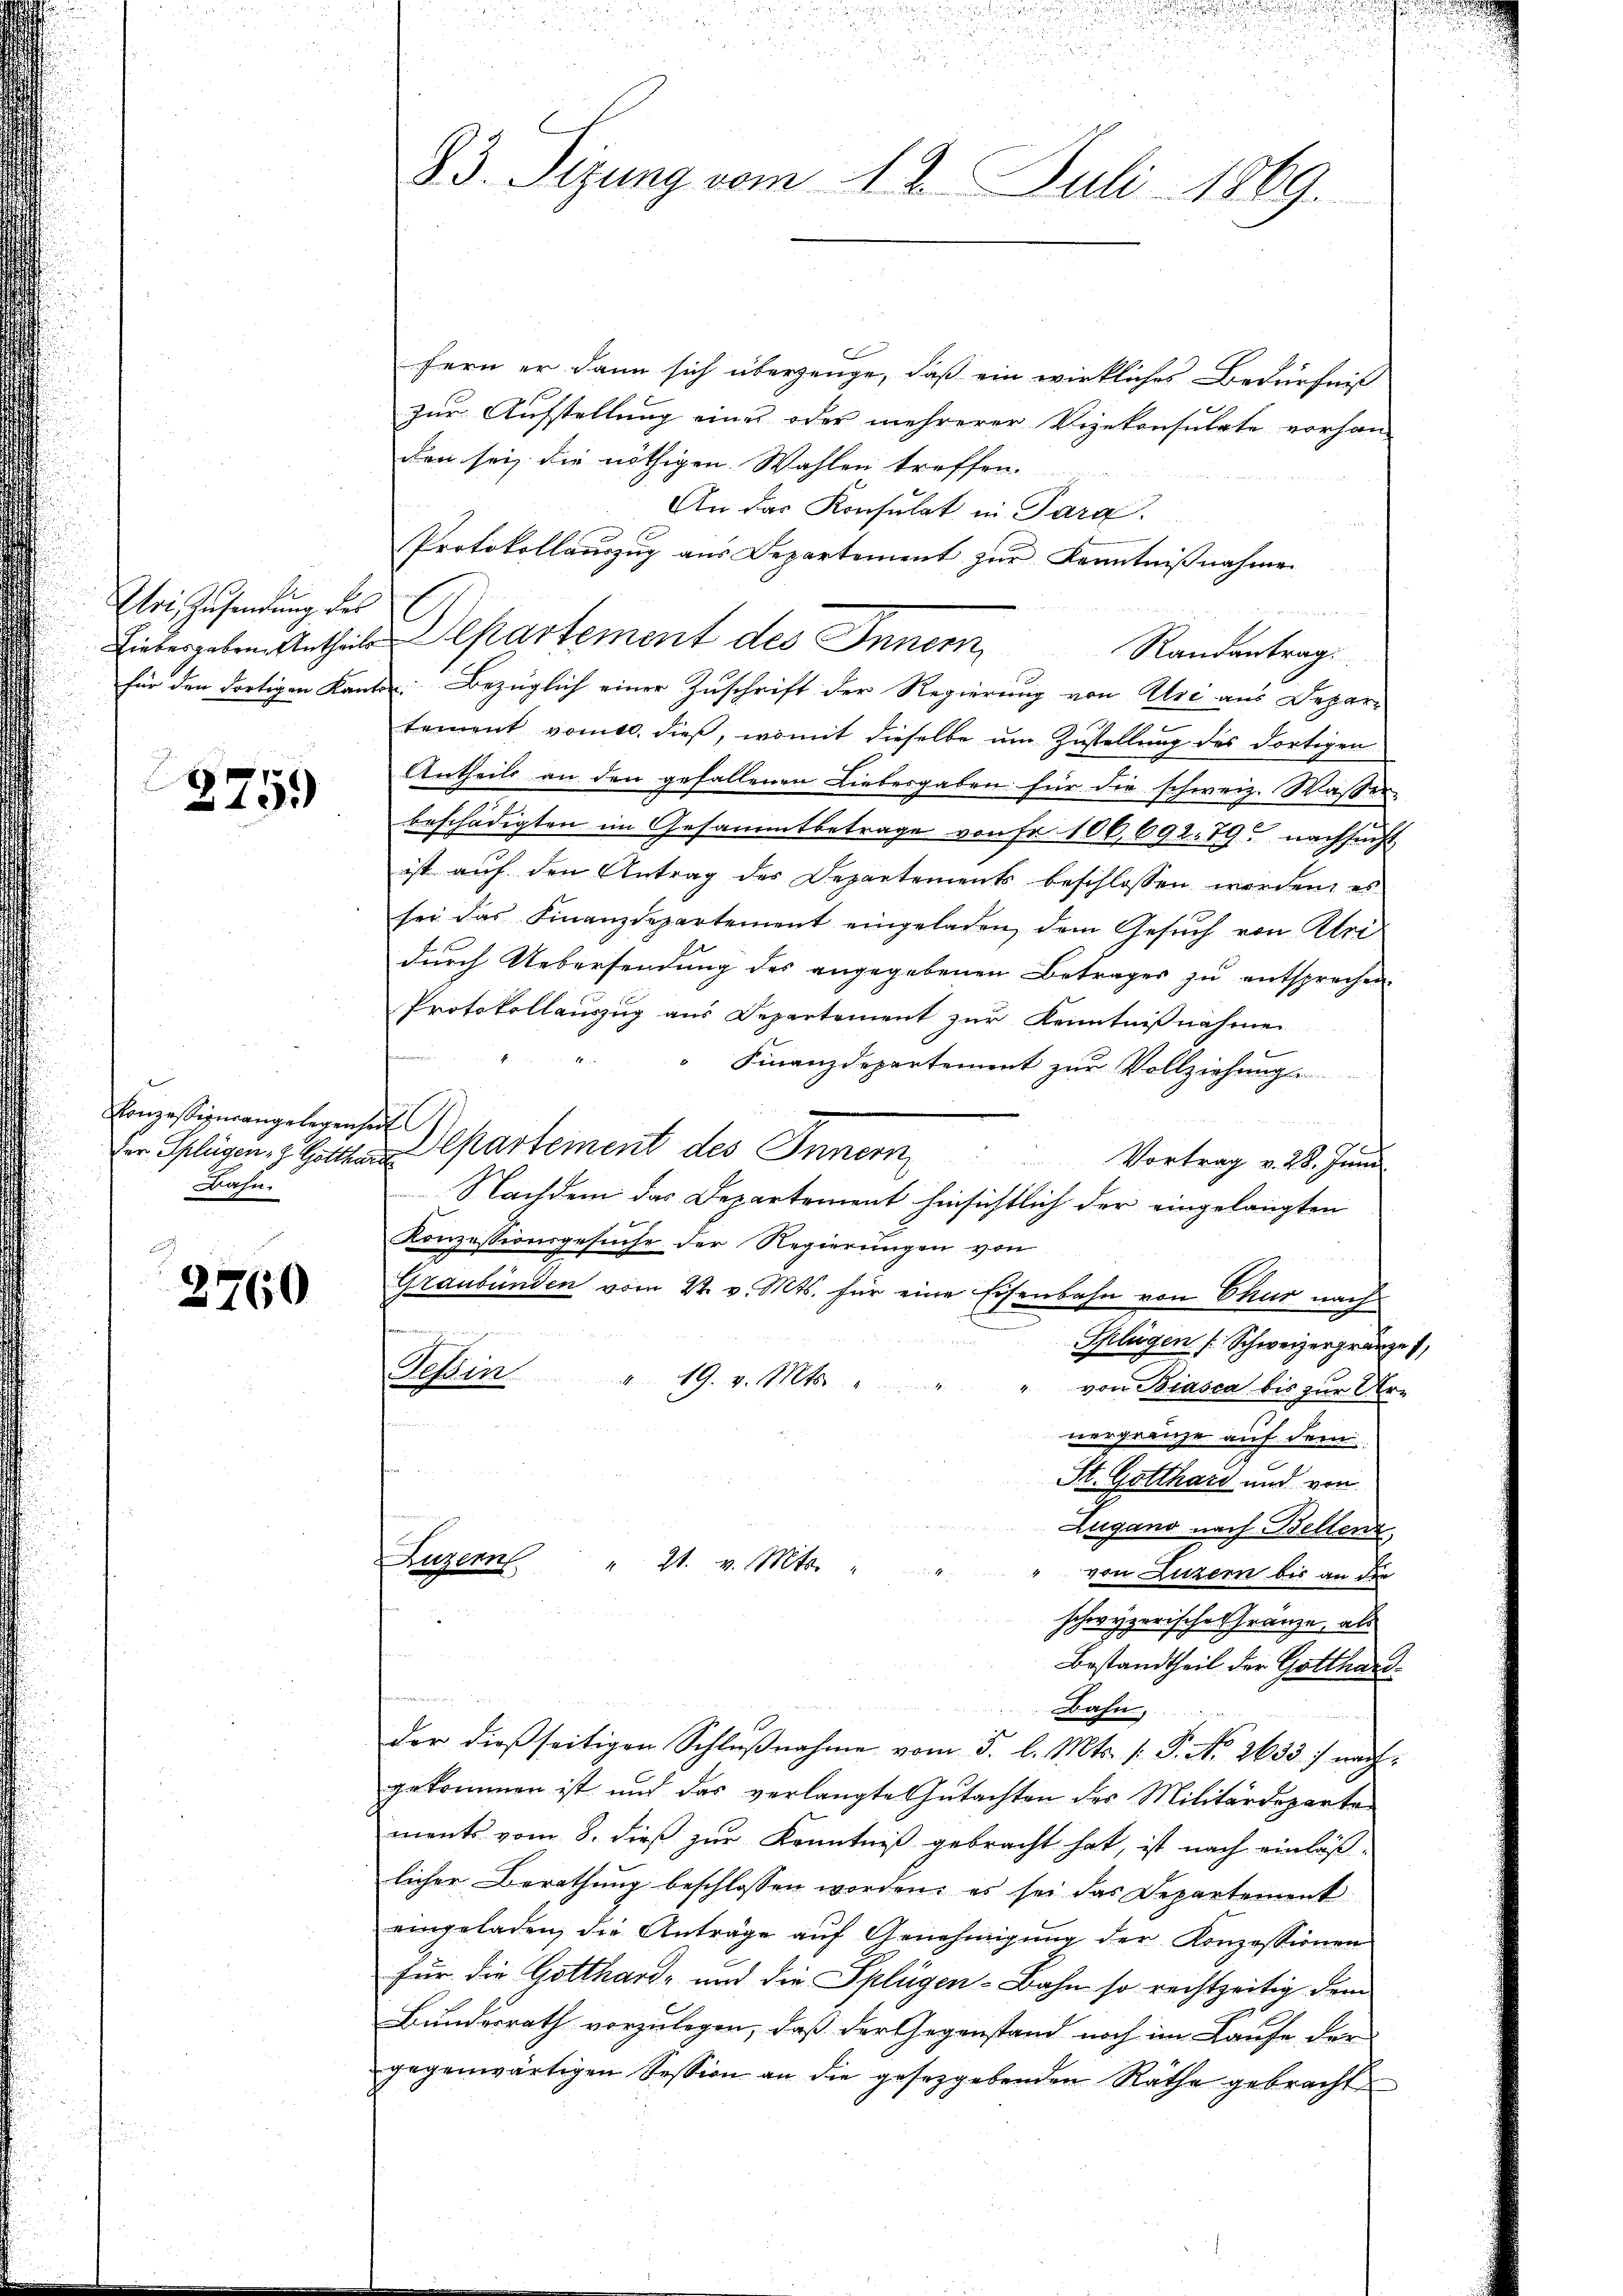
Etri, Zusendung des

2759

Konzessiverangelegen,
Der Splügen. Z. Gottha
Bahn.

2760

83. Sizung vom 12. Juli 1869.

fern er dann sich überzeuge, daß ein wirkliches Bedürfniß
zur Aufstellung eines oder mehrerer Vizekonsulate vorhan-
den sei, die nöthigen Wahlen treffen.
An das Konsulat in Para.
Protokollaŭszŭg aŭs Departement zŭr Kenntniβnahme
Liebergeben Antheile Separtement des Innern,
für den dortigen Kanton Bezüglich einer Zuschrift der Regierung von Uri aus Depar-
tement vomtl. dieß, womit dieselbe um Zustellung des dortigen
Antheils an den gefallenen Liebesgaben für die schweiz. Wasser-
beschädigten im Gesammtbetrage von Fr. 106,692. 19. nachsucht
ist auf den Antrag des Departements beschlossen worden, es
sei das Finanzdepartement eingeladen dem Gesŭch von Ulri
durch Uebersendung des angegebenen Betrages zu entsprechen
Protokollauszug aus Departement zur Kenntnißnahmen
" Finanzdepartement zur Vollziehung
Al
Departement des Inner,
Vortrag v. 28. Juni.
d
Nachdem das Departement hinsichtlich der eingelangten
Konzessionsgesuche der Regierungen von
Graubünden vom 22. v. Mts. für eine Eisenbahn von Chur nach
Glügen f. Schweizergränzen,
Wen
19. v. Mts.
" von Biasca bis zur Ar-
nergränze auf dem
St. Gotthard und von
7
2
Zugano nach Bellenz,
Hagem
" 21. v. Mts.
von Luzern bis an die
schwyzerische Gränze, als
Bestandtheil der Gotthard¬
Bahn,
der dießseitigen Schlŭβnahme vom 5. l. Mts. 1. P. No. 2633) nachgekommen ist und das verlangte Gutachten des Militärdeparte
ments vom 8. dieß zur Kenntniß gebracht hat, ist nach einläßlicher Berathung beschlossen worden; es sei das Departement
eingeladen, die Anträge aŭf Genehmigŭng der Konzessionen
für die Gotthard- und die Splügen-Bahn so rechtzeitig dem
Bundesrath vorzulegen, daß der Gegenstand noch im Laufe der
gegenwärtigen Session an die gesetzgebenden Räthe gebracht

Randantrag.